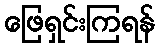
ဖြေရှင်းကြရန်